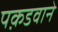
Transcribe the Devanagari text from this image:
पक़डवाने